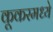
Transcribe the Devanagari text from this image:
कूकरमध्ये